Annual report on the working of the lock hospitals in the Central Provinces
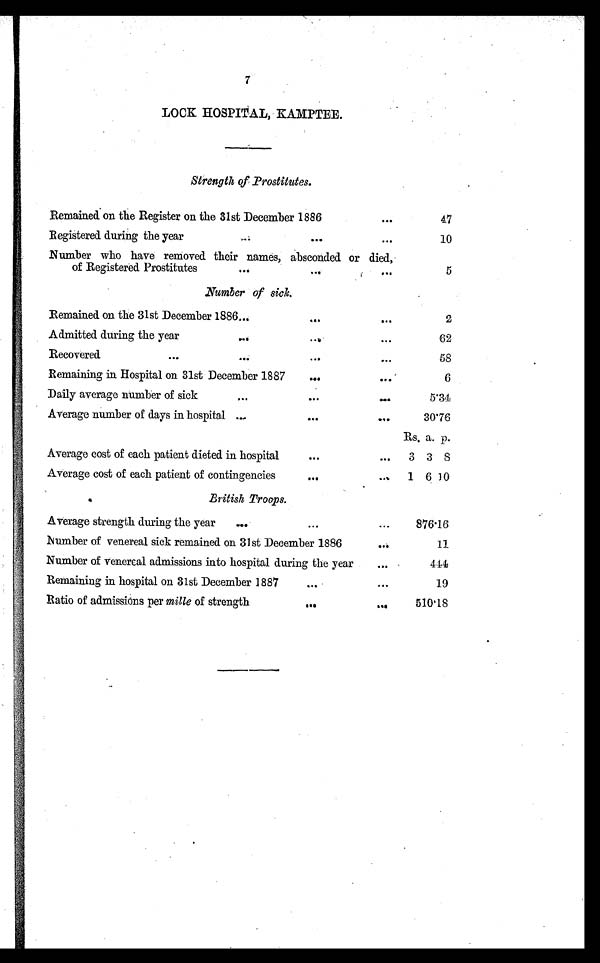
7
LOOK HOSPITAL, KAMPTEE.
Strength of Prostitutes.
Remained on the Register on the 31st December 1886
. . .
47
Registered during the year
...
...
. . .
10
Number who have removed their names, absconded. or died,
of Registered. Prostitutes
...
...
...
5
Number of sick.
Remained on the 31st December 1886...
... ...
2
Admitted during the year
. . .
...
...
62
Recovered
...
... ...
...
58
Remaining in Hospital on 31st December 1887
...
...
6
Daily average number of sick
...
...
...
5.34
Average number of days in hospital ...
...
. . .
30.76
Rs. a. p.
Average cost of each patient dieted in hospital
....
...
3 3 8
Average cost of each patient of contingencies
... ...
1 6 10
British Troops.
Average strength during the year
.
. . . ...
876.16
Number of venereal sick remained on 31st December 1886
. . .
11
Number of venereal admissions into hospital during the year
...
444
Remaining in hospital on 31st December 1887
...
. . .
19
Ratio of admissions per mille of strength
... ...
510.18